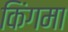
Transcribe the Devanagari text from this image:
किंगमा